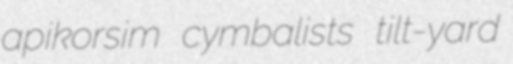
apikorsim cymbalists tilt-yard